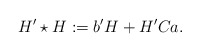
\begin{align*}H'\star H:=b'H+H'Ca.\end{align*}